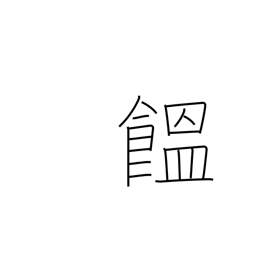
Meaning: Japanese noodles